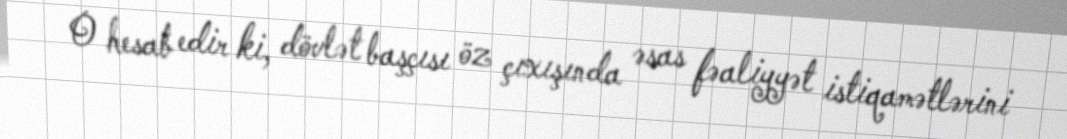
O hesab edir ki, dövlət başçısı öz çıxışında əsas fəaliyyət istiqamətlərini